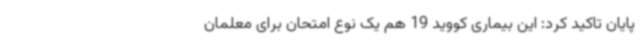
پایان تاکید کرد: این بیماری کووید 19 هم یک نوع امتحان برای معلمان